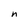
Character: n